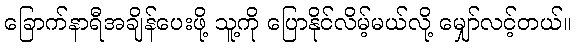
ခြောက်နာရီအချိန်ပေးဖို့ သူ့ကို ပြောနိုင်လိမ့်မယ်လို့ မျှော်လင့်တယ်။